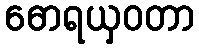
ဓောရယှဝတာ